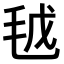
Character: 𣬽